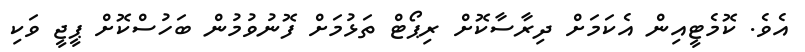
އެވެ. ކޮމެޓީއިން އެކަމަށް ދިރާސާކޮށް ރިޕޯޓް ތަޅުމަށް ފޮނުވުމުން ބަހުސްކޮށް ޕީޖީ ވަކި